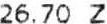
26.70 Z